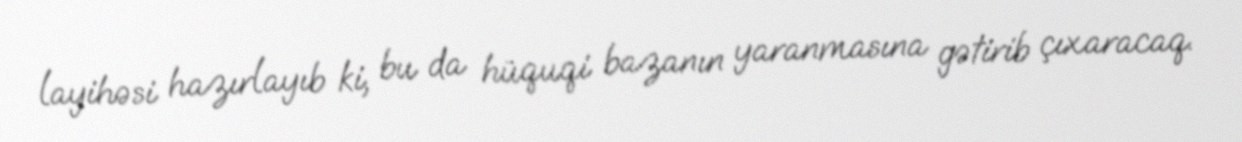
layihəsi hazırlayıb ki, bu da hüquqi bazanın yaranmasına gətirib çıxaracaq.